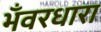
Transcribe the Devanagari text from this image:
भँवरधारा